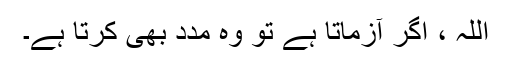
اللہ ، اگر آزماتا ہے تو وہ مدد بھی کرتا ہے۔